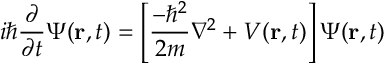
i \hbar { \frac { \partial } { \partial t } } \Psi ( \mathbf { r } , t ) = \left[ { \frac { - \hbar ^ { 2 } } { 2 m } } \nabla ^ { 2 } + V ( \mathbf { r } , t ) \right] \Psi ( \mathbf { r } , t )